Vaccine operations Central Provinces 1868-1885 - 1868-1885
Year: 1868
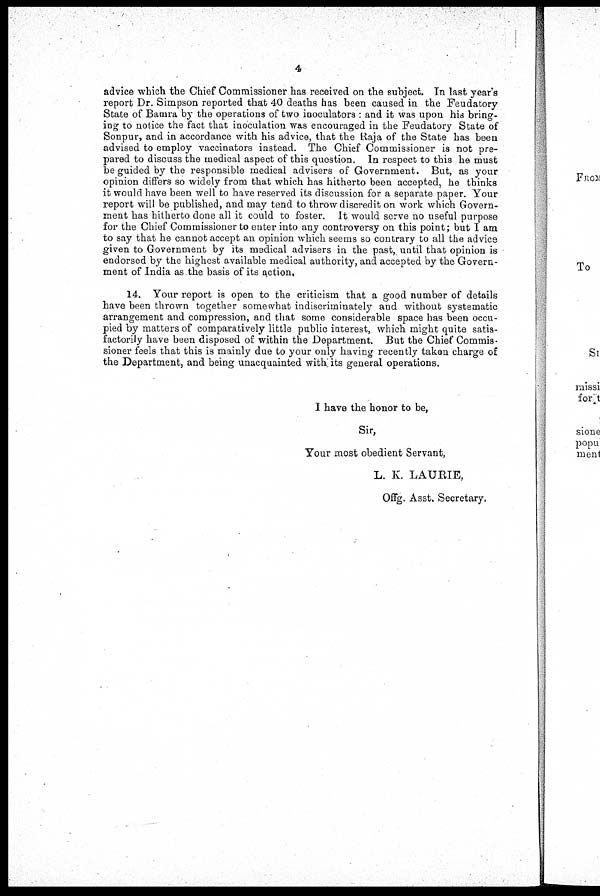
4
advice which the Chief Commissioner has received on the subject. In last year's
report Dr. Simpson reported that 40 deaths has been caused in the Feudatory
State of Bamra by the operations of two inoculators : and it was upon his bring-
ing to notice the fact that inoculation was encouraged in the Feudatory State of
Sonpur, and in accordance with his advice, that the Raja of the State has been
advised to employ vaccinators instead. The Chief Commissioner is not pre-
pared to discuss the medical aspect of this question. In respect to this he must
be guided by the responsible medical advisers of Government. But, as your
opinion differs so widely from that which has hitherto been accepted, he thinks
it would have been well to have reserved its discussion for a separate paper. Your
report will be published, and may tend to throw discredit on work which Govern-
ment has hitherto done all it could to foster. It would serve no useful purpose
for the Chief Commissioner to enter into any controversy on this point; but I am
to say that he cannot accept an opinion which seems so contrary to all the advice
given to Government by its medical advisers in the past, until that opinion is
endorsed by the highest available medical authority, and accepted by the Govern-
ment of India as,the basis of its action,
14. Your report is open to the criticism that a good number of details
have been thrown together somewhat indiscriminately and without systematic
arrangement and compression, and that some considerable space has been occu-
pied by matters of comparatively little public interest, which might quite satis-
factorily have been disposed of within the Department. But the Chief Commis-
sioner feels that this is mainly due to your only having recently taken charge of
the Department, and being unacquainted with its general operations.
I have the honor to be,
Sir,
Your most obedient Servant,
L. K. LAURIE,
Offg. Asst. Secretary.